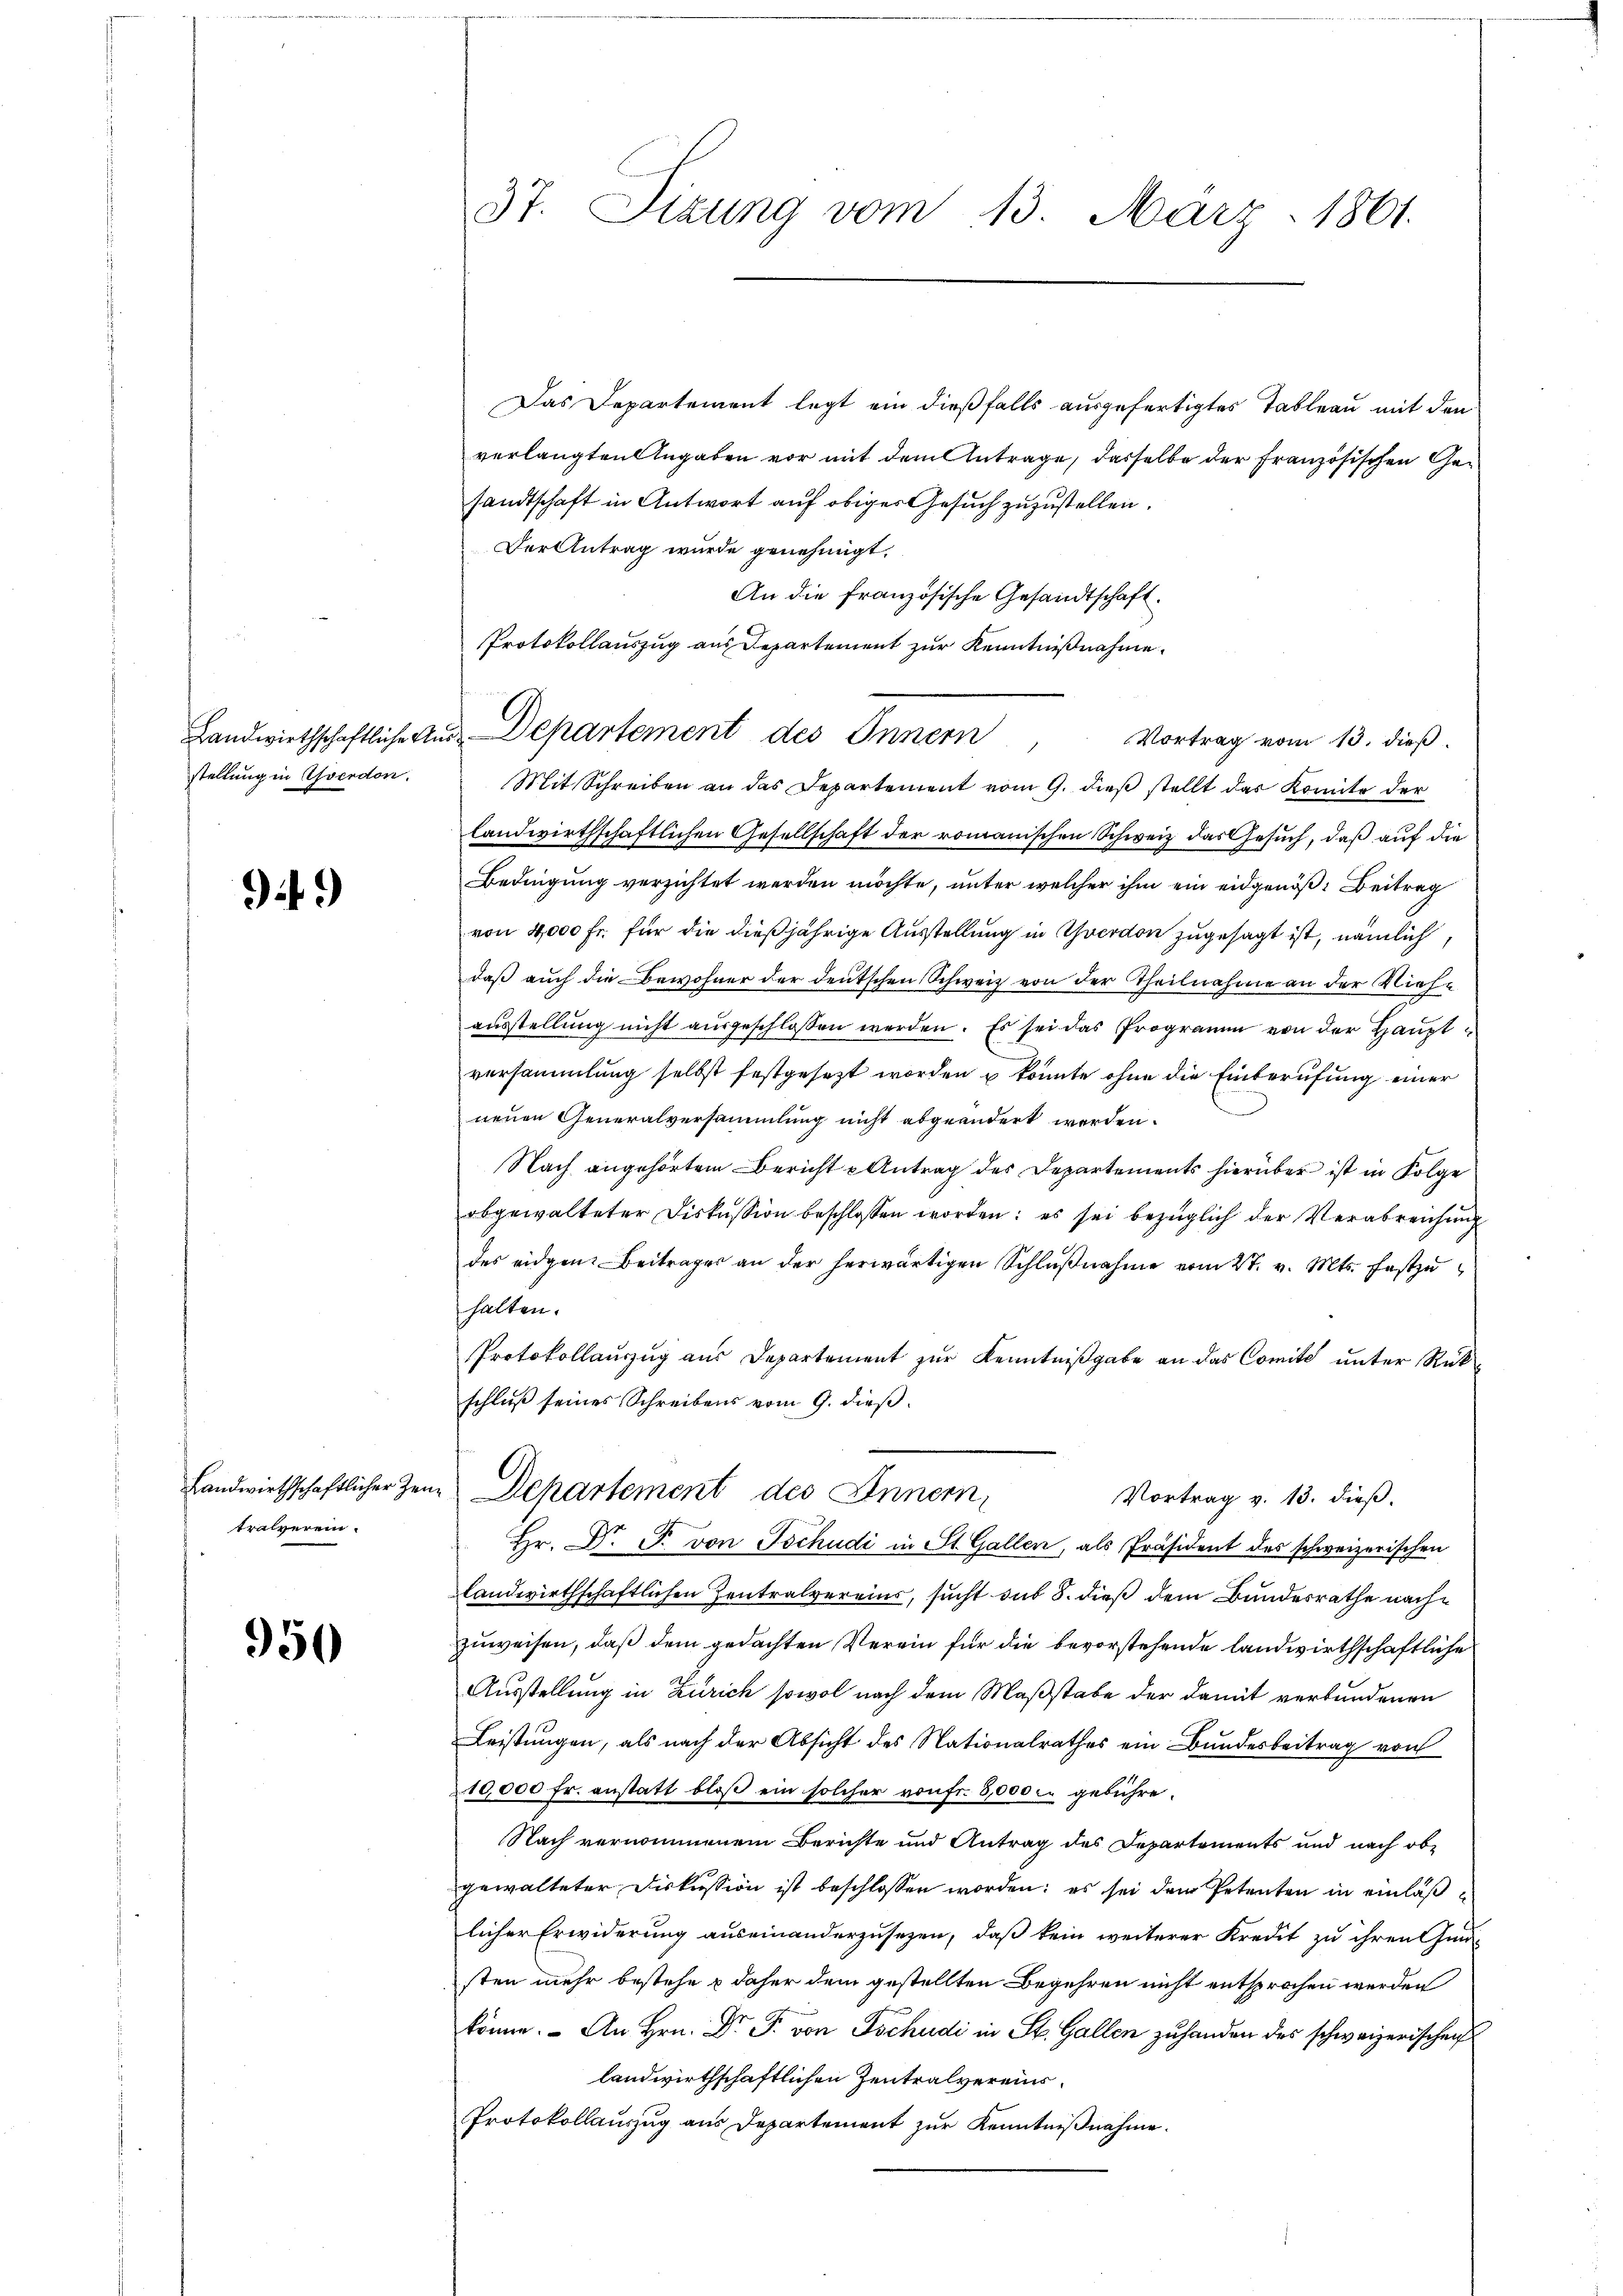
flandwirtschaftliche An
stellung in Yverdon.

949

Landwirthschaftlicher Zei
tralverein.

950

37. Sizung vom 13. März 1861.

Protokollauszug aus Departement zur Kenntnißnahme.
u Departement des Innern,

Das Departement legt ein dießfalls ausgefertigtes Tableau mit den
verlangten Angaben vor mit dem Antrage, dasselbe der französischen Gesandtschaft in Antwort auf obiger Gesuch zuzustellen.
Der Antrag wurde genehmigt.
An die französische Gesandtschaft.
Vortrag vom 13. dieß.
Mit Schreiben an das Departement vom 9. dieß stellt das Komite der
landwirthschaftlichen Gesellschaft der romanischen Schweiz das Gesuch, daß auf die
Bedingung verzichtet werden möchte, unter welcher ihm ein eidgenöß: Beitrag
von 4,000 fr. für die dießjährige Ausstellung in Yverdon zugesagt ist, nämlich,
daß auch die Bewohner der deutschen Schweiz von der Theilnahme an der Niehe
ausstellung nicht ausgeschlossen werden. Es sei das Programm von der Hauptversammlung selbst festgesezt worden u könnte ohne die Einberufung einer
neuen Generalversammlung nicht abgeändert worden.
Nach angehörtem Bericht Antrag des Departements hierüber ist in Folge
obgewalteter Diskussion beschlossen worden: es sei bezüglich der Verabreichung
des eidgen. Beitrages an der herwärtigen Schlußnahme vom 27. v. Mts. festzu
halten.
Protokollauszug aus Departement zur Kenntnißgabe an das Comite unter Rück-
schluß seines Schreibens vom 9. dieß.
in Departement des Innern,
Vortrag v. 13. dieß.
Hr. Dr. F. von Tschudi in St. Gallen, als Präsident des schweizerischen
landwirthschaftlichen Zentralvereins, sucht sub 8. dieß dem Bundesrathe nachzuweisen, daß dem gedachten Verein für die bevorstehende landwirthschaftliche
Ausstellung in Zürich sowol nach dem Maßstabe der damit verbundenen
Leistungen, als nach der Absicht des Nationalrathes ein Bundesbeitrag von
210,000 fr. anstatt bloß ein solcher von fr. 8000 c. gebühre.
Nach vernommenem Berichte und Antrag des Departements und nach obgewalteter Diskussion ist beschlossen worden: es sei dem Petenten in einläßlicher Erwiderung auseinanderzusetzen, daß kein weiterer Kredit zu ihren Gunsten mehr bestehe & daher dem gestellten Begehren nicht entsprochen werden
könne. An Hrn. Dr. F. von Tschudi in St. Gallen zŭ handen des schweizerischen
landwirthschaftlichen Zentralvereins¬
Protokollauszug aus Departement zur Kenntnißnahme.